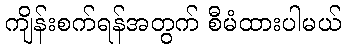
ကျိန်းစက်ရန်အတွက် စီမံထားပါမယ်